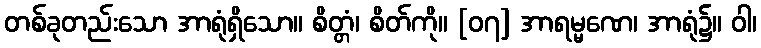
တစ်ခုတည်းသော အာရုံရှိသော။ စိတ္တံ၊ စိတ်ကို။ [၀၇] အာရမ္မဏေ၊ အာရုံ၌။ ဝါ၊